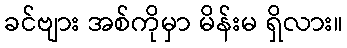
ခင်ဗျား အစ်ကိုမှာ မိန်းမ ရှိလား။